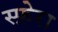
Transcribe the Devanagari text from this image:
स्फ़ेरा